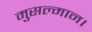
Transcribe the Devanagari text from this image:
मुसल्मान।